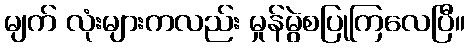
မျက် လုံးများကလည်း မှုန်မွဲစပြုကြလေပြီ။